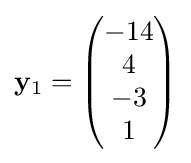
\mathbf {y} _{1}={\begin{pmatrix}-14\\4\\-3\\1\end{pmatrix}}